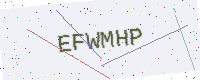
Text: EFWMHP